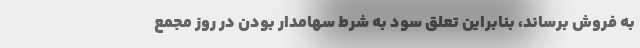
به فروش برساند، بنابراین تعلق سود به شرط سهامدار بودن در روز مجمع